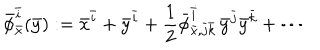
\bar { \phi } _ { \bar { x } } ^ { \bar { i } } ( \bar { y } ) : = \bar { x } ^ { \bar { i } } + \bar { y } ^ { \bar { i } } + \frac 1 2 \bar { \phi } _ { \bar { x } , \bar { j } \bar { k } } ^ { \bar { i } } \, \bar { y } ^ { \bar { j } } \bar { y } ^ { \bar { k } } + \cdots